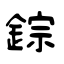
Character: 錝